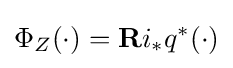
\Phi _{Z}(\cdot )=\mathbf {R} i_{*}q^{*}(\cdot )